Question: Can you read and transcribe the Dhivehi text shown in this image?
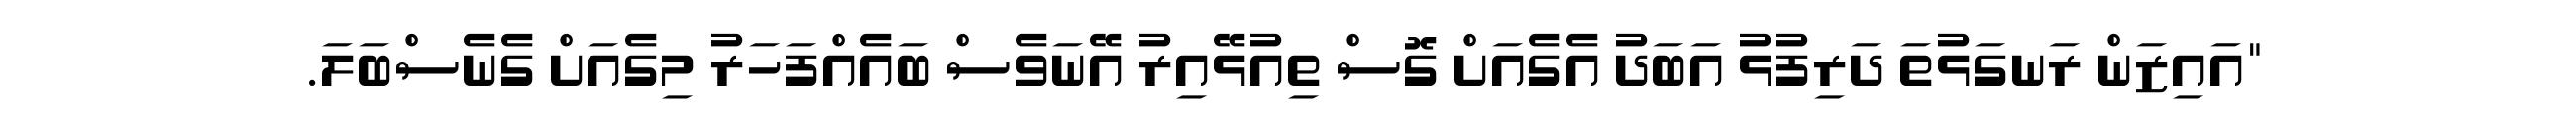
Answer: "އައިޒަން ރަނގަޅުތަ ދަރިފުޅު އަބަދު އެގެއަށް ގޮސް ތިއުޅޭއިރު އޭނަވެސް ބައެއްފަހަރު މިގެއަށް ގެނެސްބަލަ.